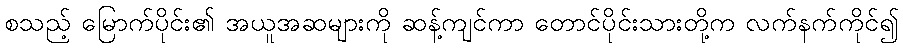
စသည့် မြောက်ပိုင်း၏ အယူအဆများကို ဆန့်ကျင်ကာ တောင်ပိုင်းသားတို့က လက်နက်ကိုင်၍